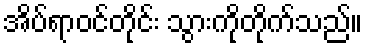
အိပ်ရာဝင်တိုင်း သွားကိုတိုက်သည်။